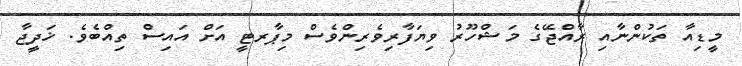
މީޑިއާ ތަކުންނާއި ރާއްޖޭގެ މަޝްހޫރު ވިޔަފާރިވެރިންވެސް މިޕާރޓީ އަށް އައިސް ތިއްބެވެ. ޚަދީޖާ